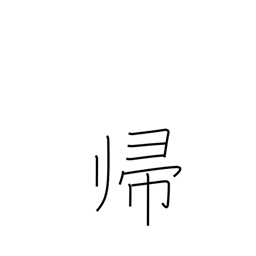
Meaning: homecoming